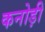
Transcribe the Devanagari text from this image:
कनोड़ी